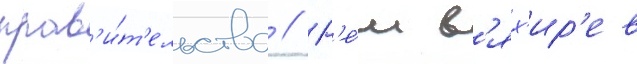
прав'и́т'ельства // Р'е́м в'ях'ир'ев